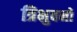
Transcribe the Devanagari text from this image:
त्रिभुवनों